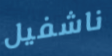
ناشفيل